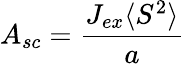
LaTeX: A_{sc}={\frac{J_{ex}\langle S^{2}\rangle}{a}}